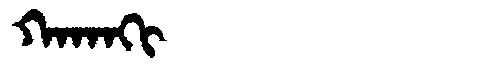
Manchu: ᡴᠠᡴᠠᡴᡳ
Romanization: KAKAKI